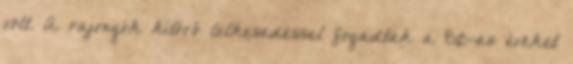
volt. A rajongók kitörő lelkesedéssel fogadták a 80-as éveket